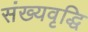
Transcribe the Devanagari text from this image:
संख्यवृद्धि